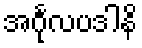
အင်္ဂုလပဒါနိ